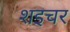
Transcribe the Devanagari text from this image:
शइचर